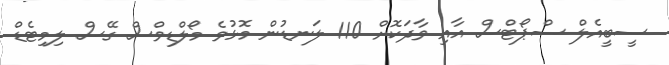
ސީބީއެލް ސްޕޯޓްސް އާއި ވާދަކޮށް 110 ލަނޑުން މޮޅުވެ މޯލްޑިވްސް ގޭސް ލިމިޓެޑް